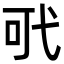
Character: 𢎄